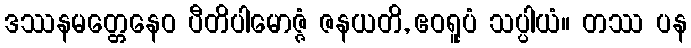
ဒဿနမတ္တေနေဝ ပီတိပါမောဇ္ဇံ ဇနယတိ, ဧဝရူပံ သပ္ပါယံ။ တဿ ပန